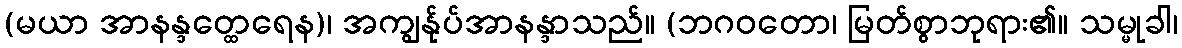
(မယာ အာနန္ဒတ္ထေရေန)၊ အကျွန်ုပ်အာနန္ဒာသည်။ (ဘဂဝတော၊ မြတ်စွာဘုရား၏။ သမ္မုခါ၊